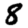
Digit: 8